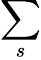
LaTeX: \sum_{s}